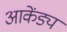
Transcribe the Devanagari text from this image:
आकेंड्य